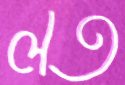
লত